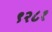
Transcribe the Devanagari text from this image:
९२८१